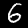
Digit: 6